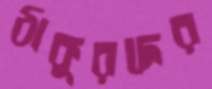
ঠাকুরদের